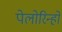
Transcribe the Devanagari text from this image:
पेलोरिन्हो